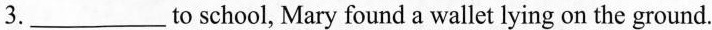
3.___to school，Mary found a wallet lying on the ground.